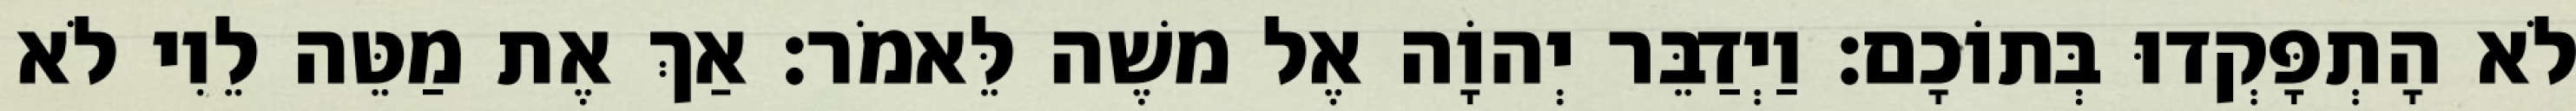
לֹא הָתְפָּקְדוּ בְּתוֹכָם׃ וַיְדַבֵּר יְהוָֹה אֶל משֶׁה לֵּאמֹר׃ אַךְ אֶת מַטֵּה לֵוִי לֹא